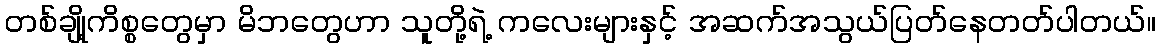
တစ်ချို့ကိစ္စတွေမှာ မိဘတွေဟာ သူတို့ရဲ့ ကလေးများနှင့် အဆက်အသွယ်ပြတ်နေတတ်ပါတယ်။